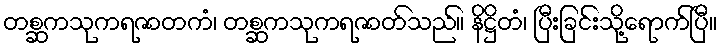
တစ္ဆကသုကရဇာတကံ၊ တစ္ဆကသုကရဇာတ်သည်။ နိဋ္ဌိတံ၊ ပြီးခြင်းသို့ရောက်ပြီ။